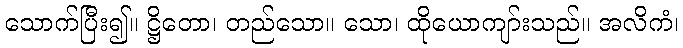
သောက်ပြီး၍။ ဋ္ဌိတော၊ တည်သော။ သော၊ ထိုယောကျာ်းသည်။ အလိကံ၊